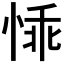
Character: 𪬁